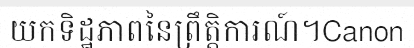
យកទិដ្ឋភាពនៃព្រឹត្តិការណ៍។Canon